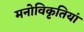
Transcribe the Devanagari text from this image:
मनोविकृतियां